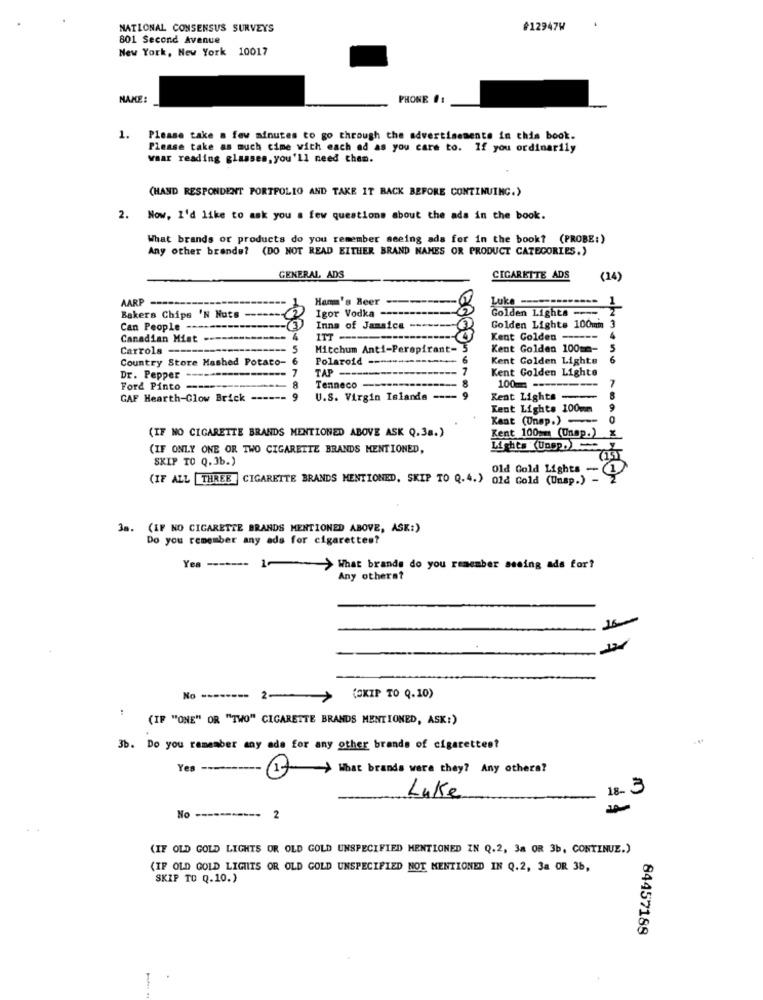
NATIONAL CONSENSUS SURVEYS
#12947W
801 Second Avenue
New York, New York 10017
NAME :
PHONE #:
1. Please take a few minutes to go through the advertisements in this book.
Please take as much cime with each ad as you care to. If you ordinarily
waar reading glasses, you'll need them.
(HAND RESPONDENT PORTFOLIO AND TAKE IT BACK BEFORE CONTINUING.)
2. Now, I'd like to ask you a few questions about the ads in the book.
What brands or products do you remember seeing ads for in the book? (PROBE:)
Any other brands? (DO NOT READ EITHER BRAND NAMES OR PRODUCT CATEGORIES.)
GENERAL ADS
CIGARETTE ADS
(14)
AARP
Hamm's Beer
Luke-
Igor Vodka ---
--------
Golden Lights ---
Bakers Chips 'N Nuts
Can People -
Inns of Jamaica
ade
Golden Lights 100mm 3
Canadian Miat
ITT -
Kent Golden ----
Carrols-
S
Mitchum Anti-Perspirant-
Kent Golden 100m-
Country Store Mashed Potato- 6
Polaroid ----------......
Kent Golden Lights
6
7
TAP ----------
7
Kent Golden Lighte
Dr. Pepper
Ford Pinto --
8
Tenneco --
100 === ==-
GAF Hearth-Glow Brick
9
U.S. Virgin Islands ----
9
Kent Lights -
8
Kent Lights 100mm
9
Kant (Unep.) ---
(IF NO CIGARETTE BRANDS MENTIONED ABOVE ASK Q.38.)
Kent 100mm (Unap.)
(IF ONLY ONE OR TWO CIGARETTE BRANDS MENTIONED,
Lights Unpp.
SKIP TO Q. 3b.)
Old Gold Lights -
(IF ALL THREE ] CIGARETTE BRANDS MENTIONED, SKIP TO Q.4.) 01d Gold (Unsp.) -
3s.
(IF NO CIGARETTE BRANDS MENTIONED ABOVE, ASK:)
Do you remember any ads for cigarettes?
Yes -------
1-
> What brands do you remember seeing ads for?
Any others?
16-
No --
2-
(SKIP TO Q.10)
(IP "ONE" OR "TWO" CIGARETTE BRANDS MENTIONED, ASK:)
3b. Do you remember any ada for any other brands of cigarettes?
Yes -------
1 > What brands were they? Any othera?
18- 3
Luke
No -----------
2
(IF OLD GOLD LIGHTS OR OLD GOLD UNSPECIFIED MENTIONED IN Q.2, 3a OR 3b, CONTINUE.)
(IF OLD GOLD LIGHTS OR OLD GOLD UNSPECIFIED NOT MENTIONED IN Q.2, 3a OR 3b,
SKIP TO Q.10.)
84457188